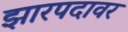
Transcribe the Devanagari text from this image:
झारपदावर